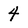
Character: 4